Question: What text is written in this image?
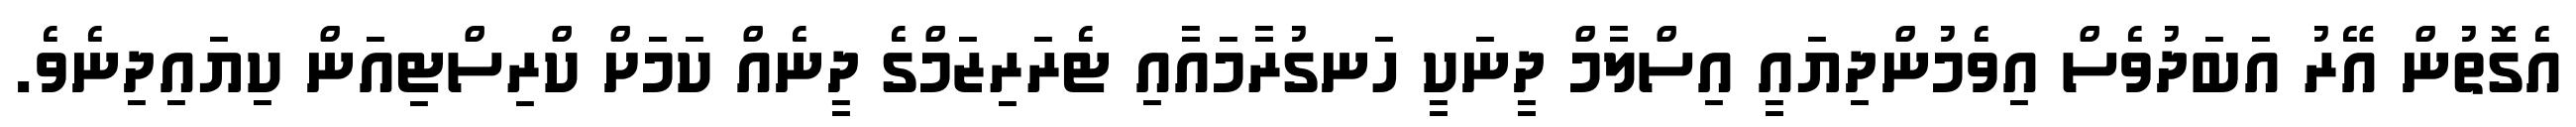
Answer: އެގޮތުން އޭރު އަބަދުވެސް އިވެމުންދިޔައީ އިސްލާމް ދީނަކީ ހަނގުރާމައާއި ޓެރަރިޒަމްގެ ދީނެއް ކަމަށް ކްރިސްޓިއަން ކިޔައިދިނެވެ.